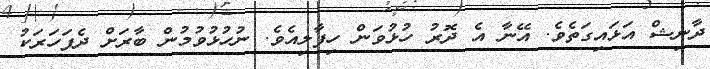
ދާނިޝް އަޅައިގަތެވެ. އޭނާ އެ ދޮރު ހުޅުވަން ހިފާލިއެވެ. ނުހުޅުވުމުން ބާރަށް ދެފަހަރަކު